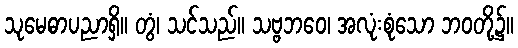
သုမေဓာပညာရှိ။ တွံ၊ သင်သည်။ သဗ္ဗဘဝေ၊ အလုံးစုံသော ဘဝတို့၌။